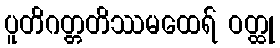
ပူတိဂတ္တတိဿမထေရ် ဝတ္ထု